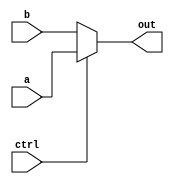
module MU3x1#(parameter SIZE=15)
(
	output reg[SIZE:0] out,
	input [SIZE:0] a,
	input [SIZE:0] b,
	input ctrl

);
always@(*)
begin
	if(ctrl)
		out=a;
	else
		out=b;
end		
endmodule